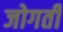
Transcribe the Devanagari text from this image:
जोगती